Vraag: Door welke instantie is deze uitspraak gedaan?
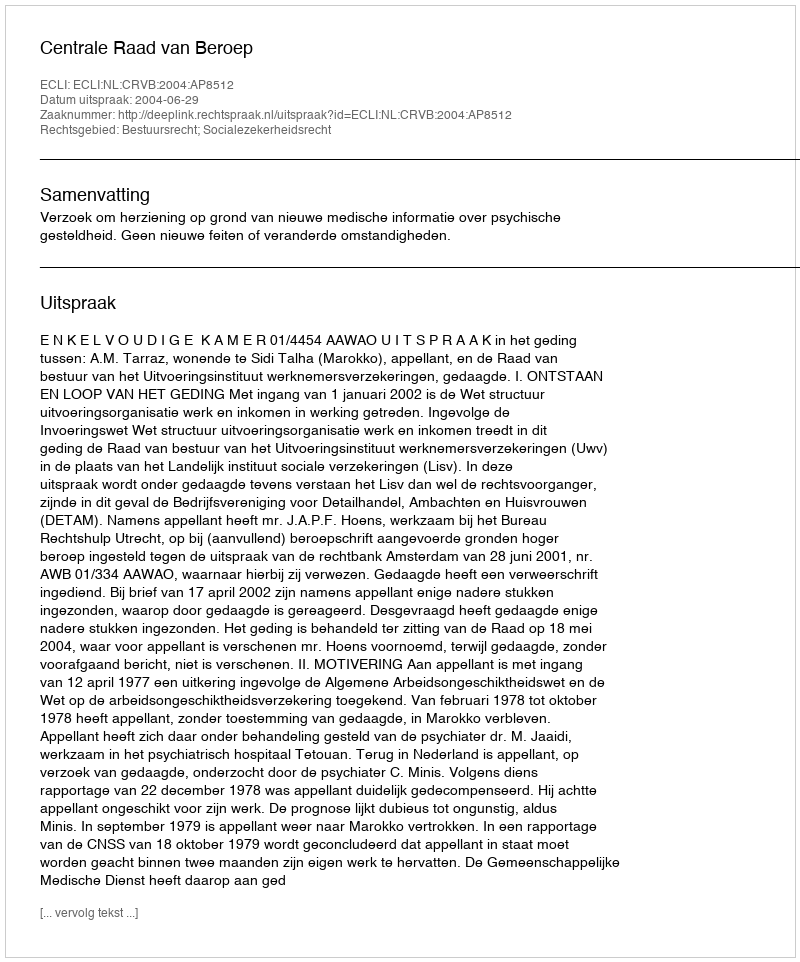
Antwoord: Centrale Raad van Beroep